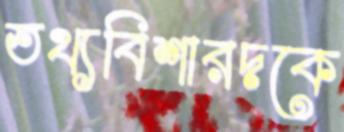
তথ্যবিশারদকে